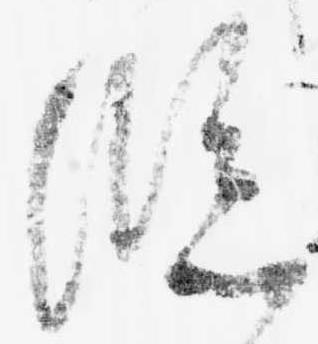
臨